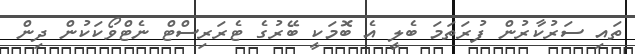
ތައި ސަރުކާރުން ފުރަތަމަ ބެލީ އެ ބޮމަކީ ބޭރުގެ ޓެރަރިސްޓް ނެޓްވޯކަކުން ދިން